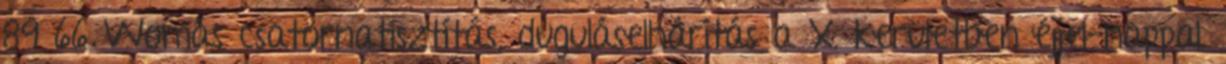
89 66 Womás csatornatisztítás, duguláselhárítás a X. kerületben éjjel-nappal.